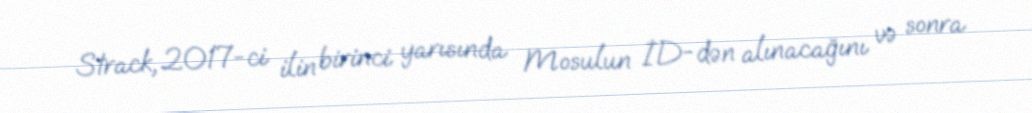
Strack, 2017-ci ilin birinci yarısında Mosulun İD-dən alınacağını və sonra